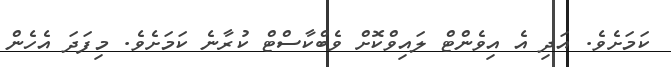
ކަމަށެވެ. އަދި އެ އިވެންޓް ލައިވްކޮށް ވެބްކާސްޓް ކުރާނެ ކަމަށެވެ. މިފަދަ އެހެން